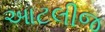
આટલીજ